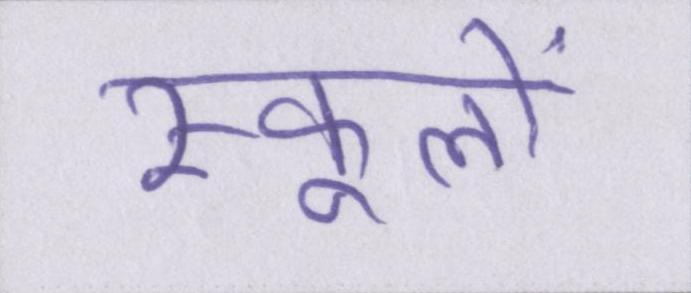
स्कूलों